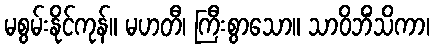
မစွမ်းနိုင်ကုန်။ မဟတီ၊ ကြီးစွာသော။ သာဝိဘိံသိကာ၊